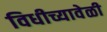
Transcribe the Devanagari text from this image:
विधीच्यावेळी